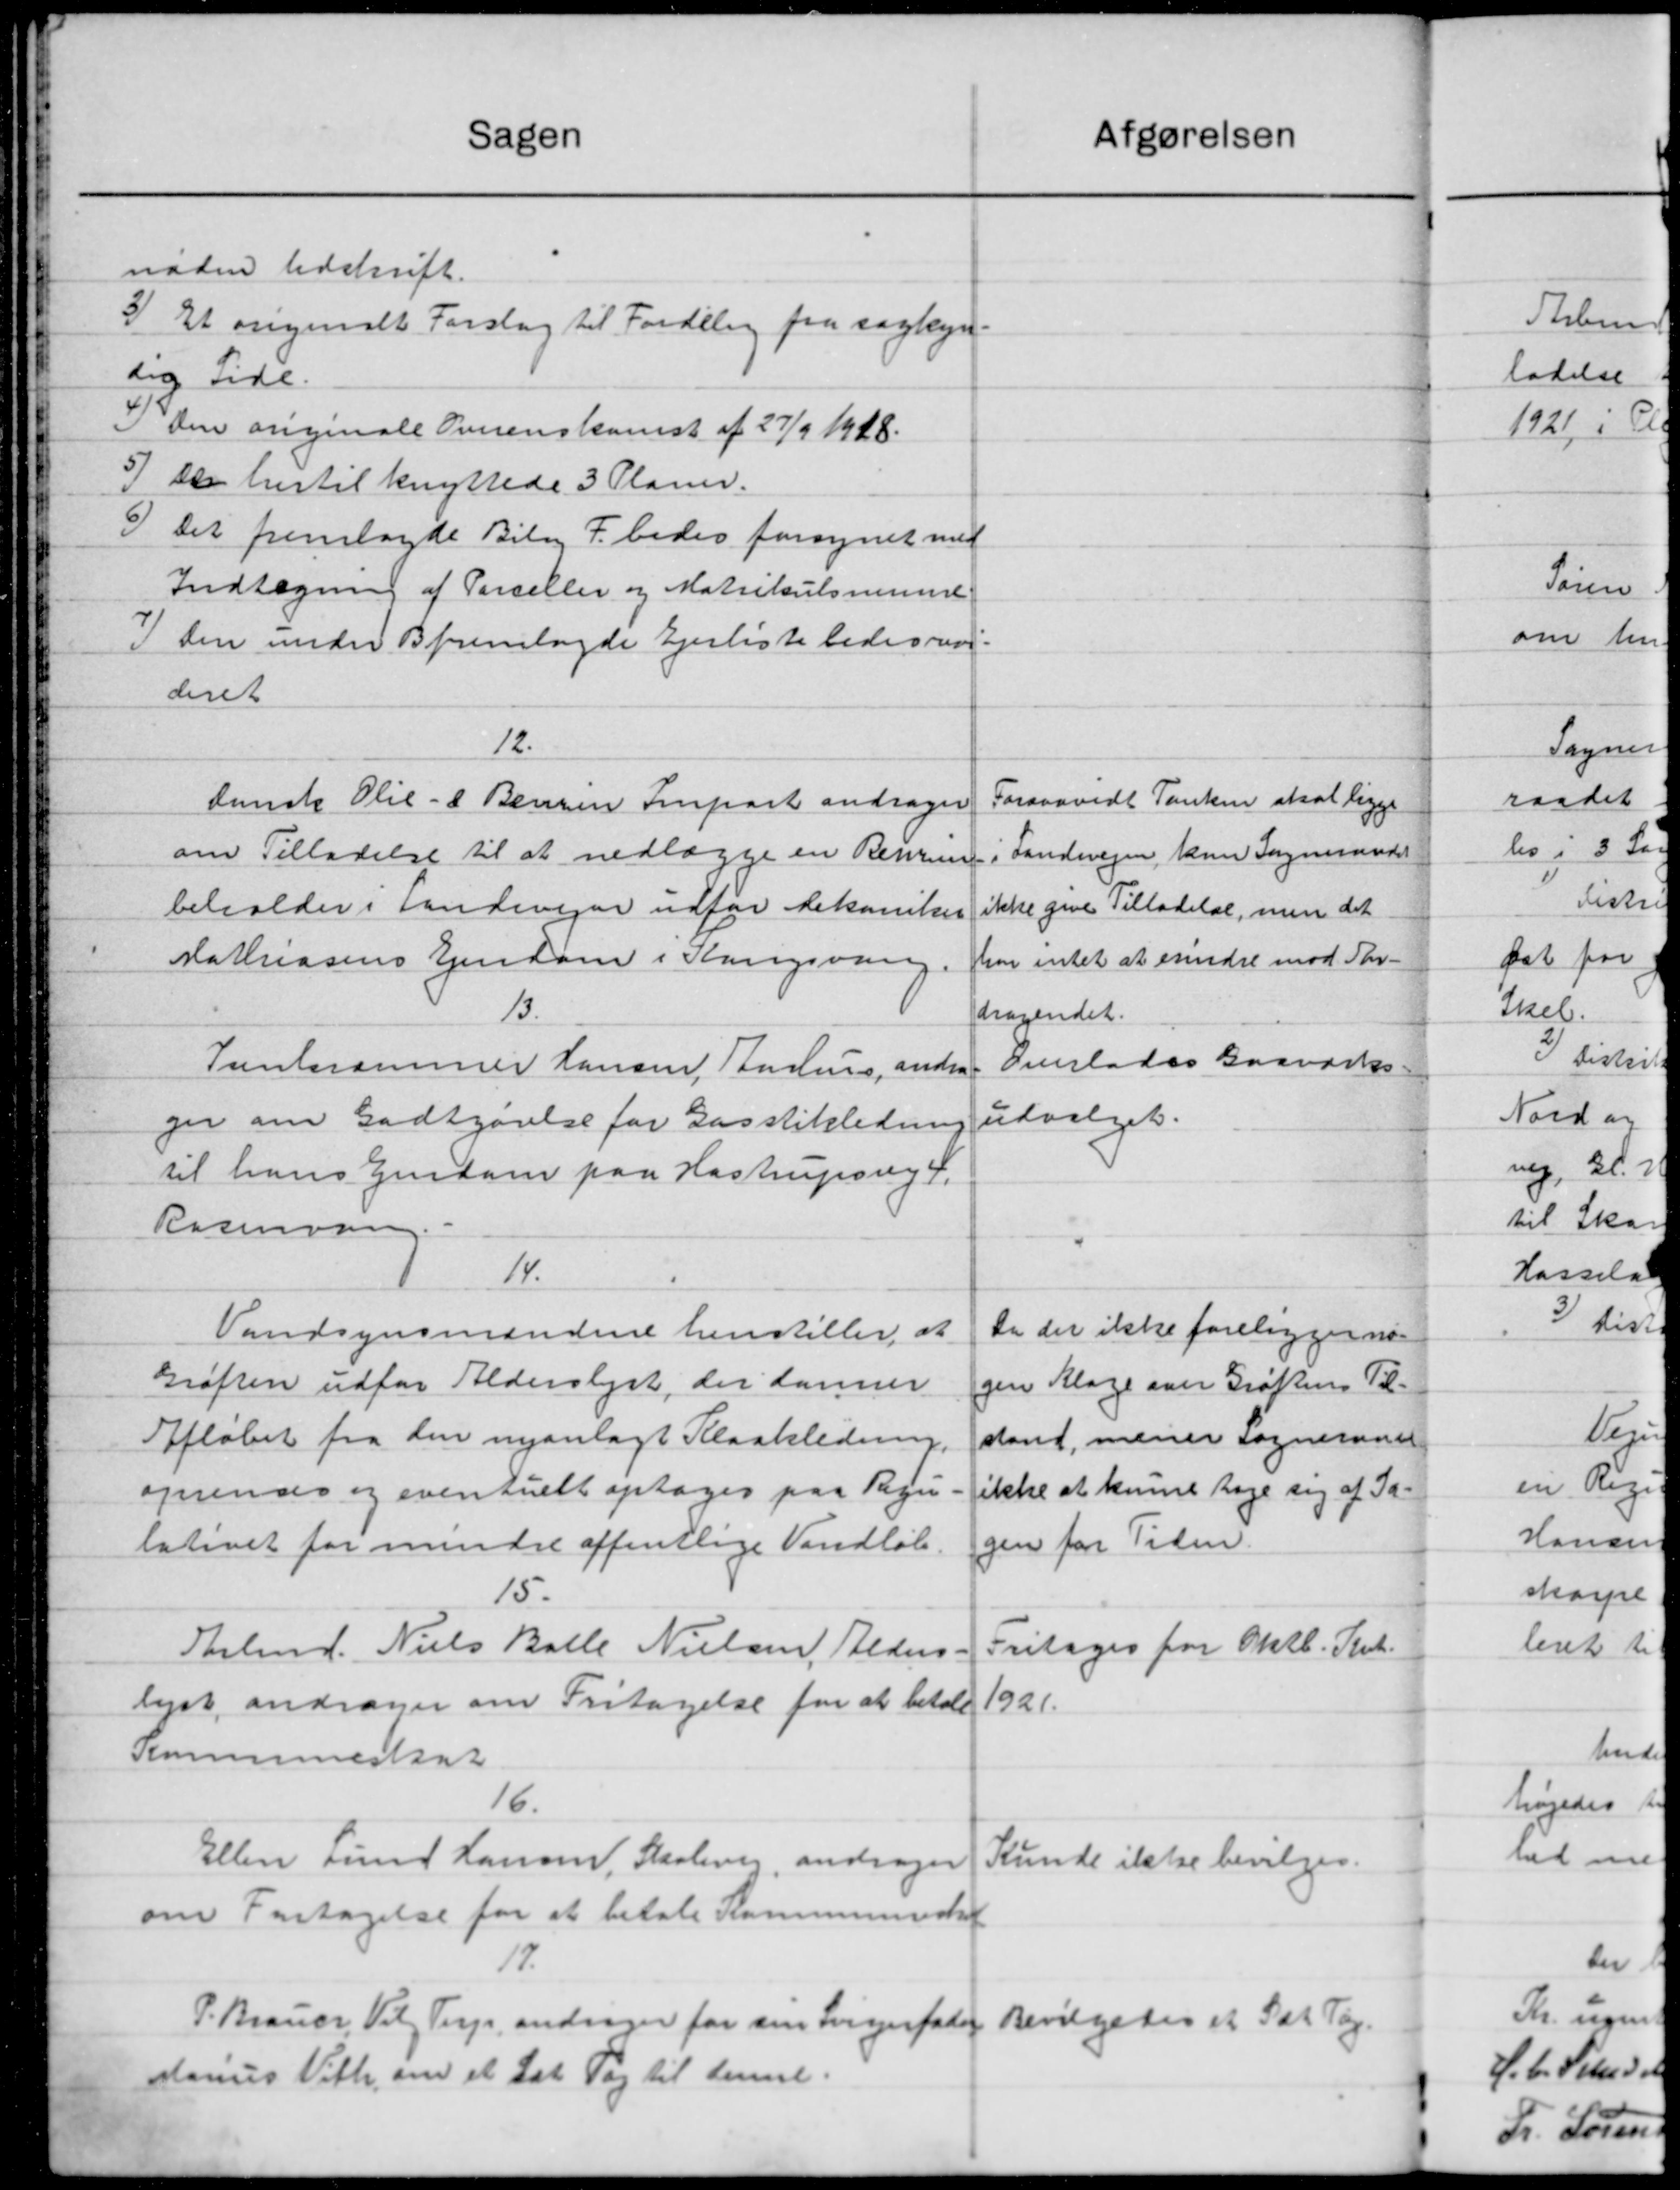
Transskription:
Sagen
nøden Udskrift.
3) Et angivendet Forslag til Fordeling fra sagkyn-
oig Side.
I den angivale Overenskomst af 27/9 1928.
5) Det hertil knyttede 3 Planer.
6) Det fremlagde Bilag F. bedes forsynet med
Indtægning af Parceller og Matrikulsminde
) den under B fremlagde Ejerliste bedersren
dere
12.
Danske Olie- & Benzen Impart andrager
om Tilladelse til at nedlægge en Reprun
beholder i Landevejen udfor dekaniker
Mathiasens Ejendom i Kangsvang.
13.
Trentesammer Hansen Aarhus andra
ger om Godtgørelse for Gasstikledning
til hans Ejendom paa Hastrupsvej 4.
Rasmussen
14.
Vandsynsmændene henstiller at
Grøften udfor Alderslyst, der danner
Afløbet fra den nyanlagt Kloakledning.
oprendes og eventuelt optages paa Regn
lativet for mindre offentlige Vandløb.
15.
Stolmd. Niels Balle Nielsen, Beders.
lyst andrager om Fritagelse for at betale
Kommuneskat
16.
Ellen Lund Hansen, Skolere, andrager
om Fortagelse for at betale Kommuneskat
19.
P. Brauer, Vil Terp andrager for sin Svigerfader
Marius Vilh om et Lat Tag til denne.

K
J. C. Sk
 Lør